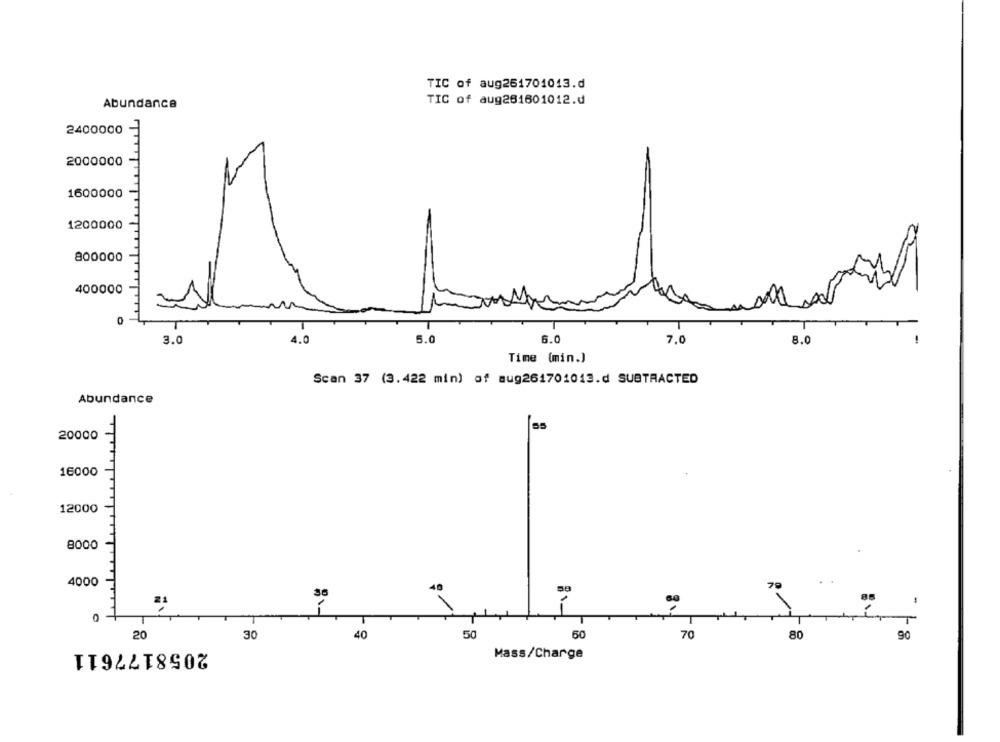
TIC of aug261701013.d
TIC of aug261601012.d
Abundance
2400000
2000000
1600000
1200000
800000
400000
0
3.0
4.0
5.0
6.0
7.0
8.0
Time (min.)
Scan 37 (3.422 min) of aug261701013.d SUBTRACTED
Abundance
55
20000
16000
12000
8000
4000
30
85
20
30
40
50
50
70
80
90
2058177611
Mass/Charge